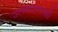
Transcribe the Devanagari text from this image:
उलथवण्याची